Annual administration report of the Civil Veterinary Department, Sind - 1945-1946
Year: 1945
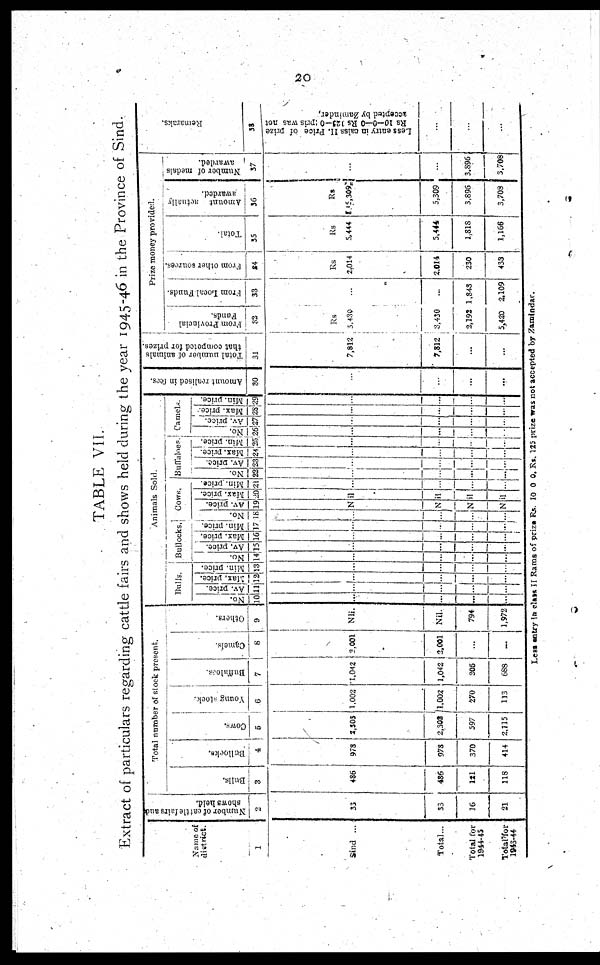
20
TABLE VII.
Extract of particulars regarding cattle fairs and shows held during the year 1945-46 in the Province of Sind.
Name of
district.
1
Sind ...
Total ...
Total for
1944-45
Total/for
1943-44
Number
of cattle
fairs and
shows held.
2
33
53
16
21
Total number of stock present.
Bul l s.
3
486
486
121
218
Bullocks.
4
978
973
370
414
Cows .
5
2,305
2,303
597
2,115
Young stock.
6
1,002
1,002
270
113
Buffaloes.
7
1,042
1,042
205
669
Camel s .
8
2,001
2,001
...
...
Ot her s .
9
Nil.
Nil.
794
1,972
Animals Sold.
Bulls.
No.
10
...
...
...
...
Av. price.
11
...
...
...
...
Max, price.
12
...
...
...
...
Min. price.
13
...
...
...
...
Bullocks.
No.
14
...
...
...
...
Av. price.
15
...
...
...
...
Max. price.
16
...
...
...
...
Min. price.
17
...
...
...
...
No.
18
...
...
...
...
Cows.
Av. price.
19
Max. price.
20
Nil
Nil
Nil
Nil
Min. price.
21
...
...
...
...
Buffaloes.
No.
22
...
...
...
...
Av. price.
23
...
...
...
...
Max. price.
24
...
...
...
...
Min. price.
25
...
...
...
...
Camel.
No.
26
...
...
...
...
Av. price.
27
...
...
...
...
Max. price.
28
...
...
...
...
Min. price.
29
...
...
...
...
Amount realised in fees.
30
...
...
...
...
Total number of animals
that competed for prizes.
31
7,812
7,812
...
...
Pr i
ze money pr ovi ded.
From Provincial
Funds.
32
3,430
3,430
2,192
5,420
From Local Funds.
33
...
...
1,843
2,109
From other sources.
34
Rs
2,014
2,014
230
433
Total.
35
Rs
5,444
5,444
1,818
1,166
Amount actually
awarded.
36
Rs
145,309
5,309
3,896
3,703
Number of medals
awarded.
37
...
...
3,896
3,708
Re ma r
a k s
.
38
Less entry in calss II. Price of prize
Rs 10—0—0 Rs 123—0 prise was not
accepted by Zaminder.
...
...
...
Less entry in class II Rams of prize Rs. 10 0 0. Rs. 125 prize was not accepted by Zamindar.